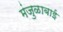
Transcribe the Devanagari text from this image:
मंजुळाबाई